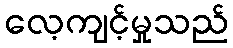
လေ့ကျင့်မှုသည်